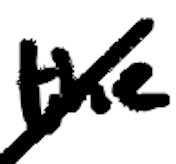
Text: the
Cross-out: diagonal
Writing tool: digital_black